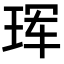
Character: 珲